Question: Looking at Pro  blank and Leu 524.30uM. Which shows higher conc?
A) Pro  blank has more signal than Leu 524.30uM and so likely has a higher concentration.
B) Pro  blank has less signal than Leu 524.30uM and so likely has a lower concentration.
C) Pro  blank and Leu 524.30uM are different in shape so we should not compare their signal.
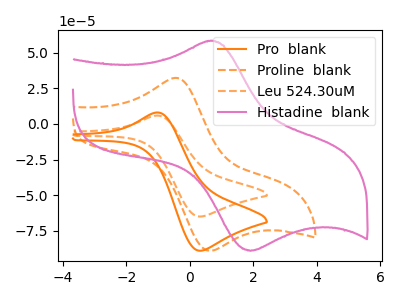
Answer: <think>The orange curve "Pro  blank" has an anodic peak at (-1.00V, 8.05uA) and a cathodic peak at (0.30V, -88.95uA). The orange dashed curve "Proline  blank" has an anodic peak at (-0.40V, 32.20uA) and a cathodic peak at (0.60V, -88.95uA). The orange dashed curve "Leu 524.30uM" has an anodic peak at (-1.00V, 5.85uA) and a cathodic peak at (0.30V, -64.95uA). The pink curve "Histadine  blank" has an anodic peak at (0.60V, 58.15uA) and a cathodic peak at (1.90V, -88.95uA).
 All the peaks in "Pro  blank" have a peak in "Leu 524.30uM" at the same potential. Every peak in "Pro  blank" is higher than every peak in "Leu 524.30uM".</think>
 <answer>A) "Pro  blank" has more signal than "Leu 524.30uM" and so likely has a higher concentration.</answer>
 <eval>A</eval>